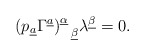
\begin{align*}(p_{\underline a}\Gamma^{\underline a})^{\underline\alpha}_{~~\underline\beta}\lambda^{\underline\beta}=0.\end{align*}